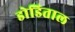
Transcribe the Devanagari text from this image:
डोडिताल